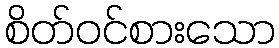
စိတ်ဝင်စားသော